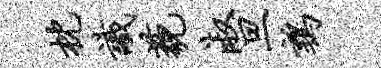
枕识藐淑旦鹑